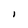
Character: I